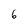
Character: 6